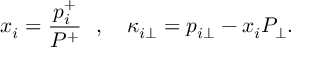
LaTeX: x _ { i } = { \frac { p _ { i } ^ { + } } { P ^ { + } } } ~ ~ , ~ ~ ~ \kappa _ { i \bot } = p _ { i \bot } - x _ { i } P _ { \bot } .